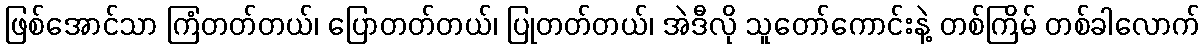
ဖြစ်အောင်သာ ကြံတတ်တယ်၊ ပြောတတ်တယ်၊ ပြုတတ်တယ်၊ အဲဒီလို သူတော်ကောင်းနဲ့ တစ်ကြိမ် တစ်ခါလောက်